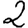
Digit: 2